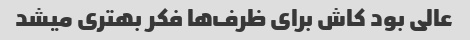
عالی بود کاش برای ظرف‌ها فکر بهتری میشد